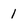
Character: 1